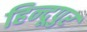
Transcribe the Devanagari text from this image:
हिन्दूपुर